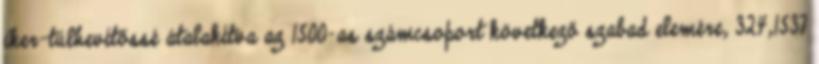
iker-túlhevítőssé átalakítva az 1500-as számcsoport következő szabad elemére, 324,1537